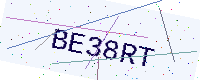
Text: BE38RT